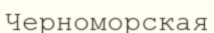
Черноморская